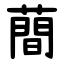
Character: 蕳